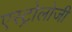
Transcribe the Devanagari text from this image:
एस्ट्रोलोजी